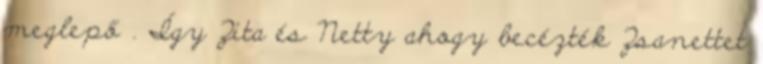
meglepő . Így Zita és Netty ahogy becézték Zsanettet